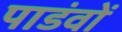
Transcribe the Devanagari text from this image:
पाडंवों